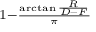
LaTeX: \scriptstyle 1 - { \frac { \arctan { \frac { R } { D - F } } } { \pi } }